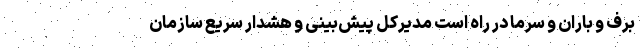
برف و باران و سرما در راه است مدیرکل پیش‌بینی و هشدار سریع سازمان